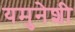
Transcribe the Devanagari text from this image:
यमुनेशी